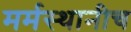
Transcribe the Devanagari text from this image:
मर्मस्थानीच